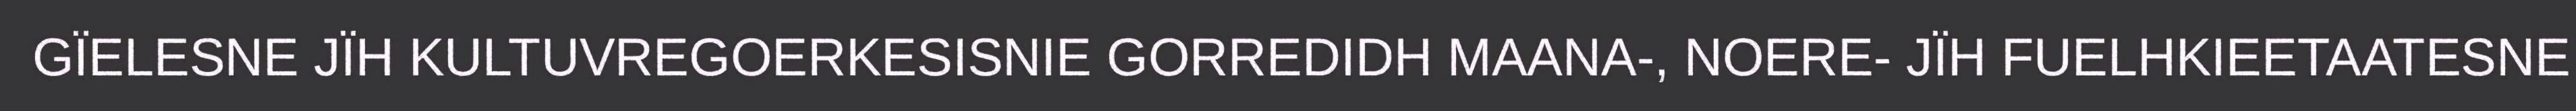
GÏELESNE JÏH KULTUVREGOERKESISNIE GORREDIDH MAANA-, NOERE- JÏH FUELHKIEETAATESNE